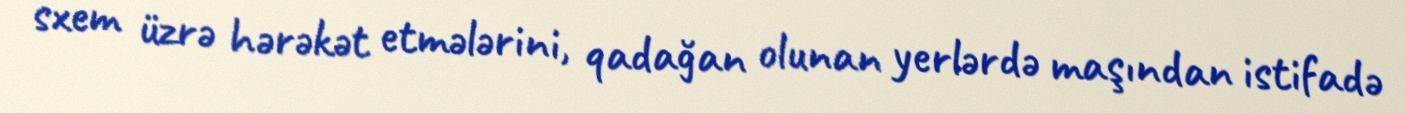
sxem üzrə hərəkət etmələrini, qadağan olunan yerlərdə maşından istifadə